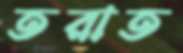
তরাত